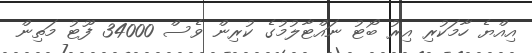
އިއްޔެ ހާމަކުރި އިރު ބޯޓު ނައްޓާލުމުގެ ކުރިން ވެސް 34000 ފޫޓު މަތިން